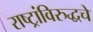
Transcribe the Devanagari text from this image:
राष्ट्रांविरुद्धचे